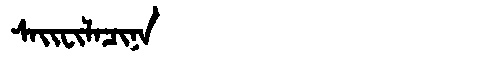
Manchu: ᠰᠠᡳᠸᡳᠯᠠᠴᡳᠨᠠ
Romanization: SAIFILACINA